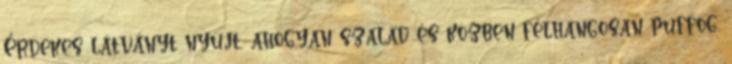
Érdekes látványt nyújt, ahogyan szalad és közben félhangosan puffog.